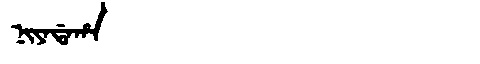
Manchu: ᠨᡳᠶᠠᡩᠠᡥᠠ
Romanization: NIYADAHA